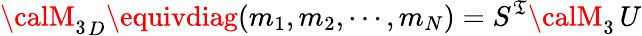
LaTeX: {{\calM}_{3}}_{D}\equivdiag(m_{1},m_{2},\cdots,m_{N})=S^{\mathfrak{T}}{{\calM}_{3}}\, U